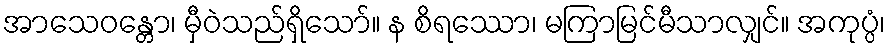
အာသေဝန္တော၊ မှီဝဲသည်ရှိသော်။ န စိရဿော၊ မကြာမြင်မီသာလျှင်။ အကုပ္ပံ၊